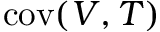
\operatorname { c o v } ( V , T )